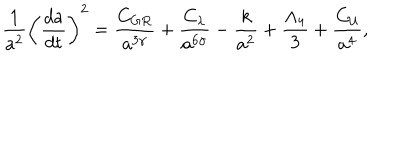
\frac { 1 } { a ^ { 2 } } \left( \frac { d a } { d t } \right) ^ { 2 } = \frac { C _ { G R } } { a ^ { 3 \gamma } } + \frac { C _ { \lambda } } { a ^ { 6 \gamma } } - \frac { k } { a ^ { 2 } } + \frac { \Lambda _ { 4 } } { 3 } + \frac { C _ { \cal U } } { a ^ { 4 } } ,